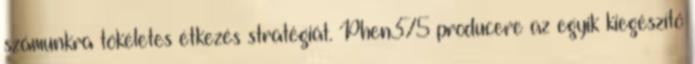
számunkra tökéletes étkezés stratégiát. Phen375 producere az egyik kiegészítő